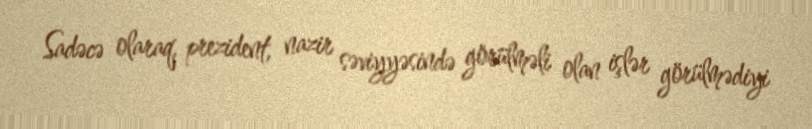
Sadəcə olaraq, prezident, nazir səviyyəsində görülməli olan işlər görülmədiyi